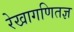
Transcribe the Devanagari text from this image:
रेखागणितज्ञ